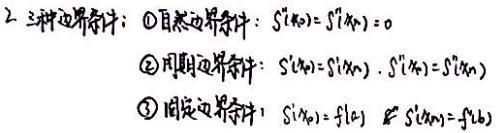
2. 三种边界条件：
   - $\textcircled{1}$ 自然边界条件：$S''(x_0)=S''(x_n)=0$
   - $\textcircled{2}$ 周期边界条件：$S'(x_0)=S'(x_n), S''(x_0)=S''(x_n)$
   - $\textcircled{3}$ 固定边界条件：$S(x_0)=f(x_0), S(x_n)=f(x_n)$